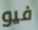
فيو